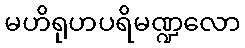
မဟိရုဟပရိမဏ္ဍလော